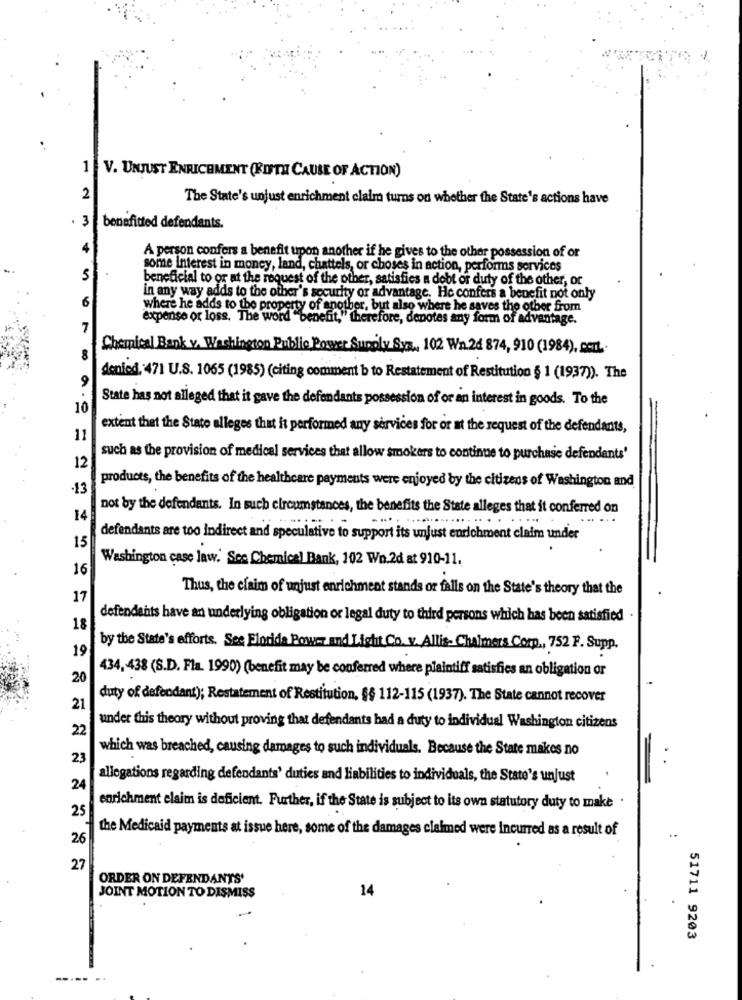
1 V. UNJUST ENRICHMENT (FIFTH CAUSE OF ACTION)
2
The State's unjust enrichment claim turns on whether the State's actions have
3
benefitted defendants.
4
A person confers a benefit upon another if he gives to the other possession of or
some Interest in money, land, chattels, or choses in action, performs services
5
beneficial to or at the request of the other, satisfies a debt of duty of the other, or
6
in any way adds to the other's security or advantage. He confers a benefit not only
where he adds to the property of another, but also where he saves the other from
expense or loss. The word "benefit,"therefore, denotes any form of advantage.
7
Chemical Bank v. Washington Publie Power Supply Sya ., 102 Wn.24 874, 910 (1984), cert ..
8
9
denied, 471 U.S. 1065 (1985) (citing comment b to Restatement of Restitution § 1 (1937)). The
State has not alleged that it gave the defendants possession of or an interest in goods. To the
10
extent that the State alleges that it performed any services for or at the request of the defendants,
11
such as the provision of medical services that allow smokers to continue to purchase defendants'
12
products, the benefits of the healthcare payments were enjoyed by the citizens of Washington and
-13
not by the defendants. In such circumstances, the benefits the State alleges that it conferred on
14
.....
.....
defendants are too indirect and speculative to support its unjust enrichment claim under
15
Washington case law. See Chemical Bank, 102 Wo.2d at 910-11.
16
Thus, the claim of unjust enrichment stands or falls on the State's theory that the
17
defendants have an underlying obligation or legal duty to third persons which has been satisfied
18
19
by the State's efforts. See Florida Power and Light Co. v. Allis- Chalmers Corp ., 752 F. Supp.
434, 438 (S.D. Fla. 1990) (benefit may be conferred where plaintiff satisfies an obligation or
20
duty of defendant); Restatement of Restitution, §§ 112-115 (1937). The State cannot recover
21
22
under this theory without proving that defendants had a duty to individual Washington citizens
which was breached, causing damages to such individuals. Because the State makes no
23
allegations regarding defendants' duties and liabilities to individuals, the State's unjust
24
enrichment claim is deficient. Further, if the State is subject to its own statutory duty to make .
the Medicaid payments at issue here, some of the damages claimed were incurred as a result of
26
27
ORDER ON DEFENDANTS'
JOINT MOTION TO DISMISS
14
51711 9203
..... ..